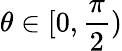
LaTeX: \theta\in[0,\frac{\pi}{2})